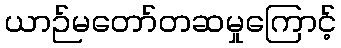
ယာဉ်မတော်တဆမှုကြောင့်